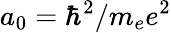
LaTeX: a_{0}=\hbar^{2}/m_{e}e^{2}